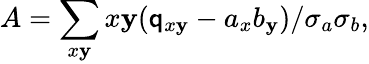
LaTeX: A=\sum_{x\mathbf{y}}x\mathbf{y}(\mathsf{q}_{x\mathbf{y}}-a_{x}b_{\mathbf{y}})/\sigma_{a}\sigma_{b},